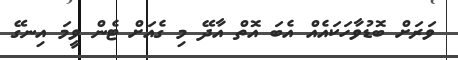
ވަރަށް ބޮޑުވާހަކައެއް އެބަ އޮތް އާދޭ މި ގެއަށް ޓެން ވީމަ އިނގޭ